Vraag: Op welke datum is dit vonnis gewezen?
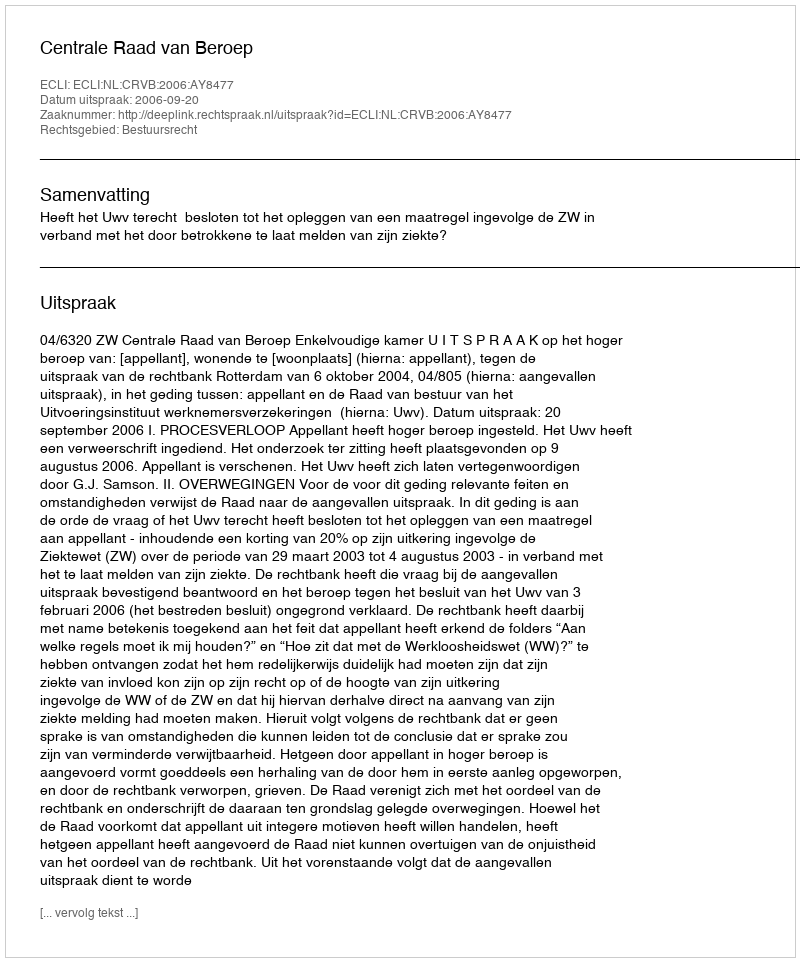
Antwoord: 2006-09-20